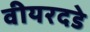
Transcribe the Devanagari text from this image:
वीयरदडे